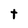
Character: t